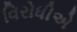
વિરોધીએ